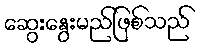
ဆွေးနွေးမည်ဖြစ်သည်